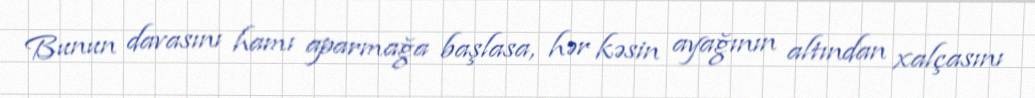
Bunun davasını hamı aparmağa başlasa, hər kəsin ayağının altından xalçasını